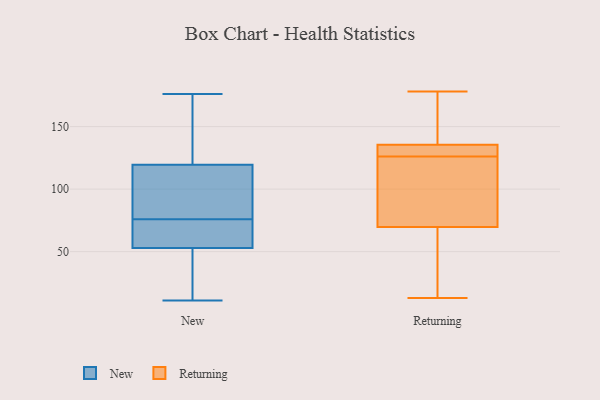
{"axis": {"x": "Active Users", "y": "Value"}, "legend": ["New", "Returning"], "data": [{"x": "", "y": 53, "type": "New"}, {"x": "", "y": 41, "type": "New"}, {"x": "", "y": 84, "type": "New"}, {"x": "", "y": 112, "type": "New"}, {"x": "", "y": 151, "type": "New"}, {"x": "", "y": 71, "type": "New"}, {"x": "", "y": 11, "type": "New"}, {"x": "", "y": 162, "type": "New"}, {"x": "", "y": 76, "type": "New"}, {"x": "", "y": 122, "type": "New"}, {"x": "", "y": 94, "type": "New"}, {"x": "", "y": 53, "type": "New"}, {"x": "", "y": 70, "type": "New"}, {"x": "", "y": 28, "type": "New"}, {"x": "", "y": 176, "type": "New"}, {"x": "", "y": 15, "type": "Returning"}, {"x": "", "y": 117, "type": "Returning"}, {"x": "", "y": 136, "type": "Returning"}, {"x": "", "y": 178, "type": "Returning"}, {"x": "", "y": 134, "type": "Returning"}, {"x": "", "y": 126, "type": "Returning"}, {"x": "", "y": 116, "type": "Returning"}, {"x": "", "y": 93, "type": "Returning"}, {"x": "", "y": 134, "type": "Returning"}, {"x": "", "y": 131, "type": "Returning"}, {"x": "", "y": 13, "type": "Returning"}, {"x": "", "y": 169, "type": "Returning"}, {"x": "", "y": 51, "type": "Returning"}, {"x": "", "y": 62, "type": "Returning"}, {"x": "", "y": 173, "type": "Returning"}]}